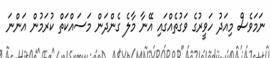
ނަމަވެސް މިއަދު ހަވީރުގެ ވަގުތެއްގައި އޭނާ މާލެ ގެންދަން މަސައްކަތް ކުރަމުން އަންނަ